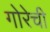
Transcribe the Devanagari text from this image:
गोरेची